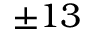
\pm 1 3